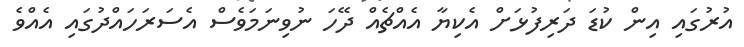
އުރުގައި އިން ކުޑަ ދަރިފުޅަށް އެކިޔާ އެއްޗެއް ދޭހަ ނުވިނަމަވެސް އެސަރަހައްދުގައި އެއްވެ